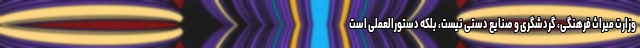
وزارت میراث فرهنگی، گردشگری و صنایع دستی نیست، بلکه دستورالعملی است